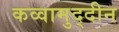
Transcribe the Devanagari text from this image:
कव्वामुद्दीन